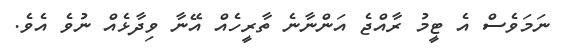
ނަމަވެސް އެ ޓީމު ރާއްޖެ އަންނާނެ ތާރީހެއް އޭނާ ވިދާޅެއް ނުވެ އެވެ.